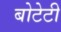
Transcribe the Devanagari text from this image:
बोटेटी